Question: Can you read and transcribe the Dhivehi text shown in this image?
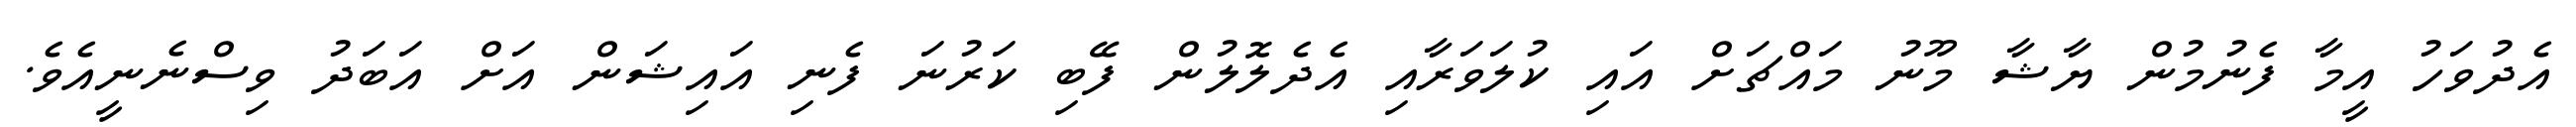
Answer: އެދުވަހު އީމާ ފެނުމުން ޔާޝާ މޫނު މައްޗަށް އައި ކުލަވަރާއި އެދެލޮލުން ފޭބި ކަރުނަ ފެނި އައިޝަން އަށް އަބަދު ވިސްނެނީއެވެ.